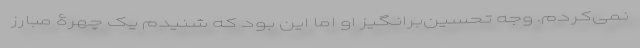
نمی‌کردم. وجه تحسین‌برانگیز او اما این بود که شنیدم یک چهرۀ مبارز